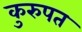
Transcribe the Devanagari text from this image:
कुरुपत